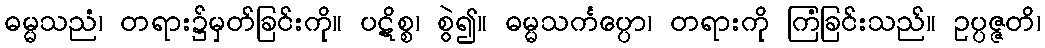
ဓမ္မသညံ၊ တရား၌မှတ်ခြင်းကို။ ပဋိစ္စ၊ စွဲ၍။ ဓမ္မသင်္ကပ္ပော၊ တရားကို ကြံခြင်းသည်။ ဥပ္ပဇ္ဇတိ၊